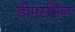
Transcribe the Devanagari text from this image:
डोर्फ्समैन